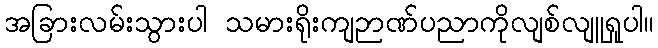
အခြားလမ်းသွားပါ သမားရိုးကျဉာဏ်ပညာကိုလျစ်လျူရှုပါ။